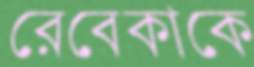
রেবেকাকে